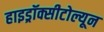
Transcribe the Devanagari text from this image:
हाइड्रॉक्सीटोल्यून